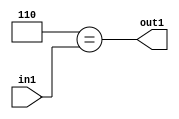
`timescale 1ps / 1ps
/*****************************************************************************
    Verilog RTL Description
    
    
    Created by: Stratus DpOpt 2019.1.01 
*******************************************************************************/

module feature_write_addr_gen_Eqi6u3_1 (
	in1,
	out1
	); /* architecture "behavioural" */ 
input [2:0] in1;
output  out1;
wire  asc001;

assign asc001 = (8'B00000110==in1);

assign out1 = asc001;
endmodule

/* CADENCE  urjzSgs= : u9/ySgnWtBlWxVPRXgAZ4Og= ** DO NOT EDIT THIS LINE ******/